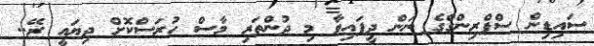
ސައިޑިން ސްޕްރިންގްގެ ނަން ދީފައިވާ މި ދުންތަރި މާސް ހުރަސްކޮށް ދިޔައީ ރޭ..